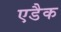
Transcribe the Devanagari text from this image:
एडैक